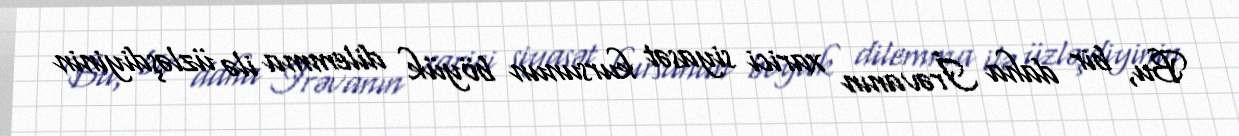
Bu, bir daha İrəvanın xarici siyasət kursunun böyük dilemma ilə üzləşdiyinin